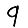
Digit: 9